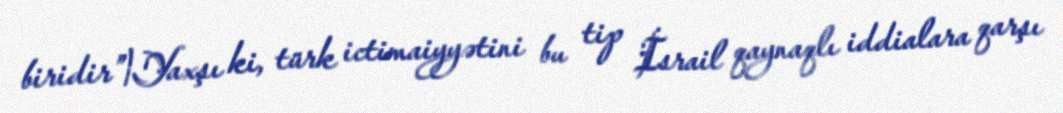
biridir”¦Yaxşı ki, türk ictimaiyyətini bu tip İsrail qaynaqlı iddialara qarşı